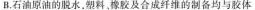
B.石油原油的脱水，塑料，橡胶及合成纤维的制备均与胶体